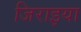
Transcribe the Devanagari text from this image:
जिराइया